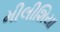
મીલીશિયા